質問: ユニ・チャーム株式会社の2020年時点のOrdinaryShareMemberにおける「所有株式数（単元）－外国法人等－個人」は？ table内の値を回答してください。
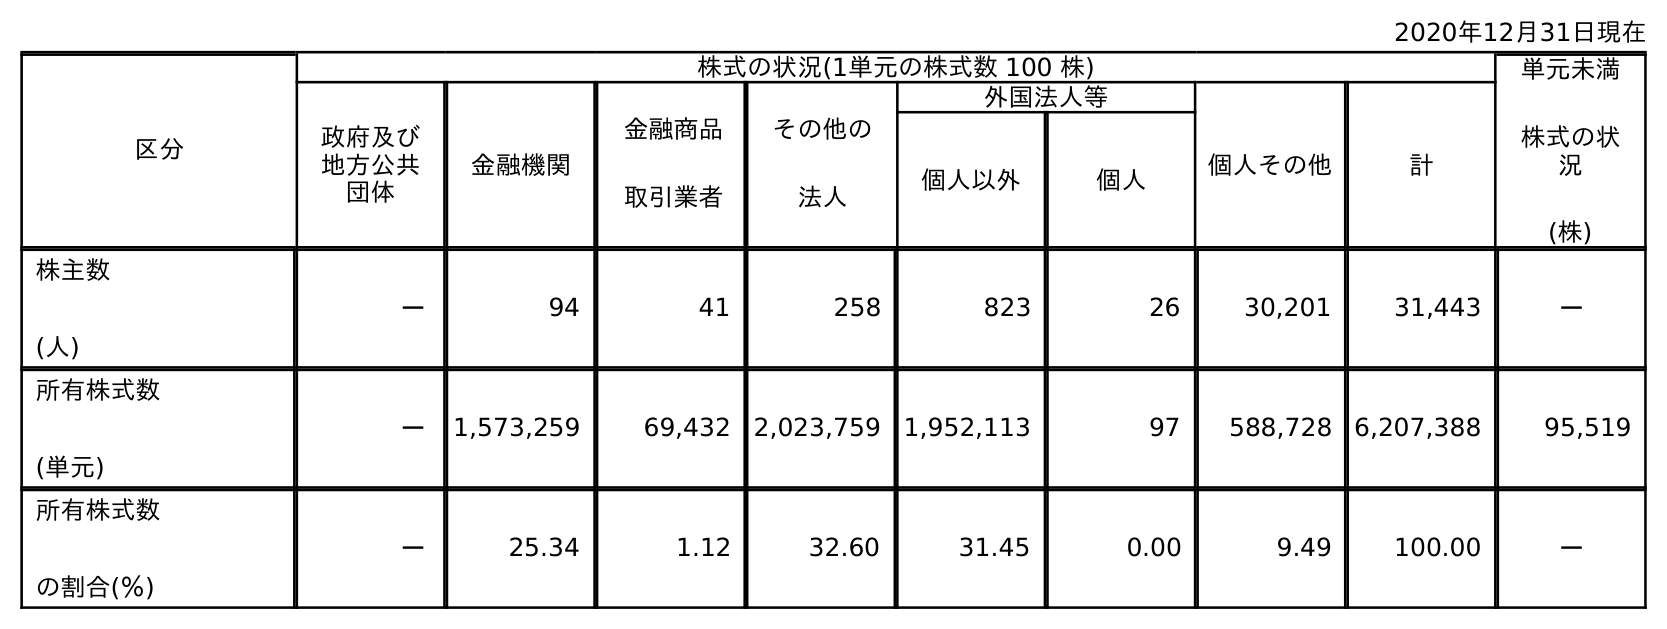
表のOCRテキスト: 2020年12月31日現在 区分 株式の状況(1単元の株式数 100 株) 単元未満 株式の状 況 (株) 政府及び 地方公共 団体 金融機関 金融商品 取引業者 その他の 法人 外国法人等 個人その他 計 個人以外 個人 株主数 (人) － 94 41 258 823 26 30,201 31,443 － 所有株式数 (単元) － 1,573,259 69,432 2,023,759 1,952,113 97 588,728 6,207,388 95,519 所有株式数 の割合(％) － 25.34 1.12 32.60 31.45 0.00 9.49 100.00 －
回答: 97